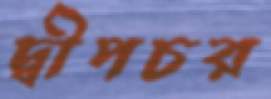
দ্বীপচর